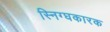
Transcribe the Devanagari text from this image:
स्निग्घकारक